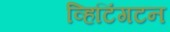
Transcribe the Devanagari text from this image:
व्हिटिंगटन